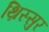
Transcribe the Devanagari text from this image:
थ्रिस्सुर